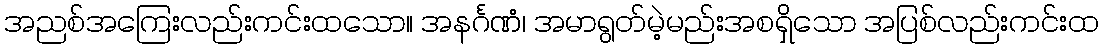
အညစ်အကြေးလည်းကင်းထသော။ အနင်္ဂဏံ၊ အမာရွတ်မဲ့မည်းအစရှိသော အပြစ်လည်းကင်းထ